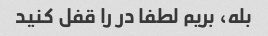
بله، بریم لطفا در را قفل کنید